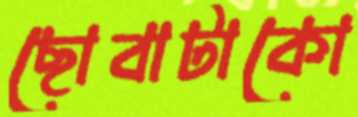
ছোবাটাকো